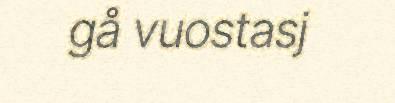
gå vuostasj